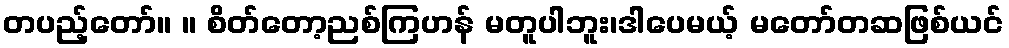
တပည့်တော်။ ။ စိတ်တော့ညစ်ကြဟန် မတူပါဘူး၊ဒါပေမယ့် မတော်တဆဖြစ်ယင်